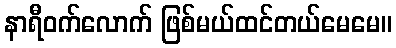
နာရီဝက်လောက် ဖြစ်မယ်ထင်တယ်မေမေ။